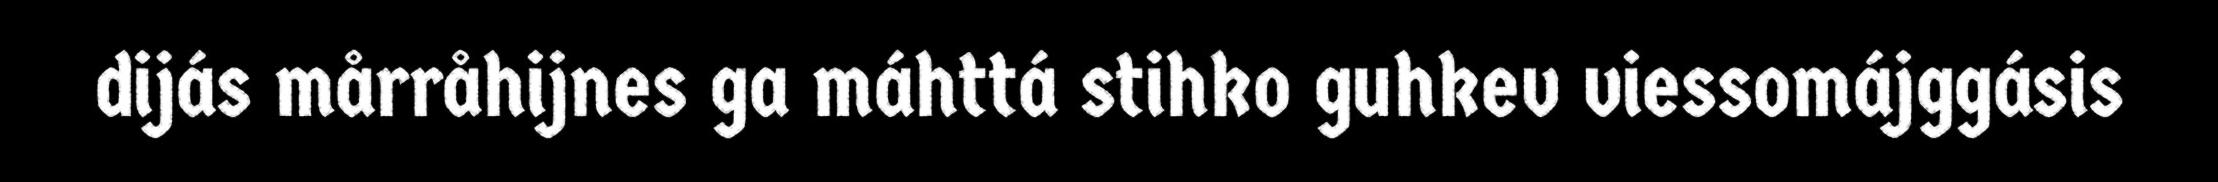
dijás mårråhijnes ga máhttá stihko guhkev viessomájggásis